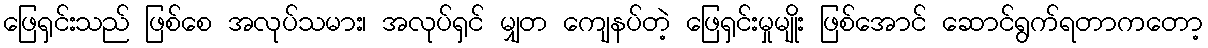
ဖြေရှင်းသည် ဖြစ်စေ အလုပ်သမား၊ အလုပ်ရှင် မျှတ ကျေနပ်တဲ့ ဖြေရှင်းမှုမျိုး ဖြစ်အောင် ဆောင်ရွက်ရတာကတော့